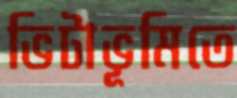
ভিটাভূমিতে